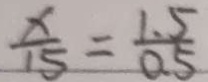
\frac { x } { 1 5 } = \frac { 1 . 5 } { 0 . 5 }